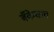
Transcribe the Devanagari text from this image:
बँकेचाच